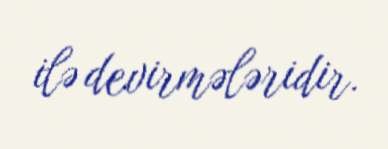
ilə devirmələridir.